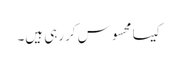
کیسا محسوس کررہی ہیں۔